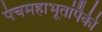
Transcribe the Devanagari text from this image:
पंचमहाभूतांपैकी